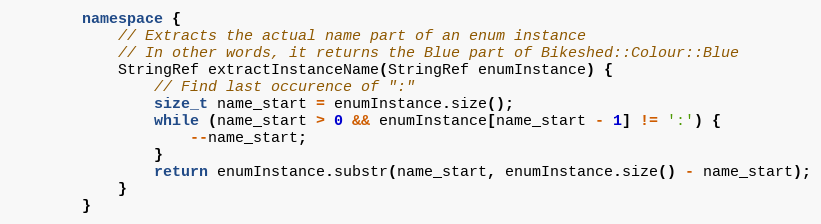
Language: C++
        namespace {
            // Extracts the actual name part of an enum instance
            // In other words, it returns the Blue part of Bikeshed::Colour::Blue
            StringRef extractInstanceName(StringRef enumInstance) {
                // Find last occurence of ":"
                size_t name_start = enumInstance.size();
                while (name_start > 0 && enumInstance[name_start - 1] != ':') {
                    --name_start;
                }
                return enumInstance.substr(name_start, enumInstance.size() - name_start);
            }
        }